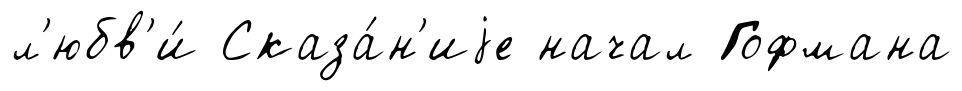
л'юбв'и́ Сказа́н'иjе начал Гофмана